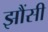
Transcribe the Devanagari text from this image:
झौंसी